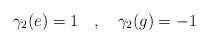
\begin{align*}\gamma_2 (e ) = 1~~~,~~~\gamma_2 (g) = -1\end{align*}